Investigations on Bengal jail dietaries - Number 37
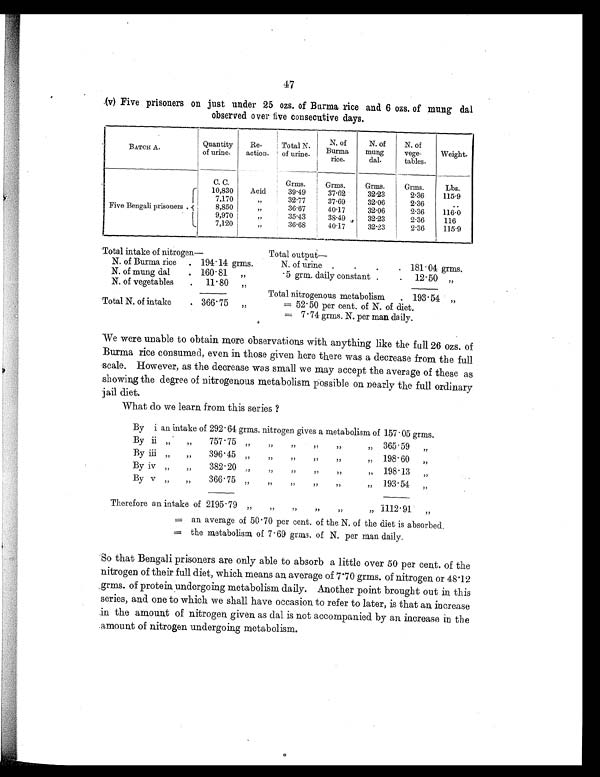
47
(v) Five prisoners on just under 25 ozs. of Burma rice and 6 ozs. of mung dal
observed over five consecutive days.
BATCH A.
Quantity
of urine.
Re-
action.
Total N.
of urine
N. of
Burma
rice.
N. of
mung
dal.
N. of
vege-
tables.
Weight.
C. C.
Grms.
Grms.
Grms.
Grms.
Lbs.
Five Bengali prisoners.
10,830
Acid
39.49
37.62
32.23
2.36
115.9
7,170
„
32.77
37.69
32.06
2.36
..
8,850
„
36.67
40.17
32.06
2.36
116.0
9,970
„
35.43
38.49
32.23
2.36
116
7,120
„
36.68
40.17
32.23
2.36
115.9
Total intake of nitrogen—
Total output—
N. of Burma rice
. 194.14 grms.
N. of urine .
.
.
. 181.04 grms.
N. of mung dal
. 160.81
„
.5 grm. daily constant .
.
12.50 „
N. of vegetables
.
11.80
„
Total nitrogenous metabolism
. 193.54 „
Total N. of intake
. 366.75
„
= 52.50 per cent. of N. of diet.
= 7.74 grms. N. per man daily.
We were unable to obtain more observations with anything like the full 26 ozs. of
Burma rice consumed, even in those given here there was a decrease from the full
scale. However, as the decrease was small we may accept the average of these as
showing the degree of nitrogenous metabolism possible on nearly the full ordinary
jail diet.
What do we learn from this series?
By i an intake of 292.64 grms. nitrogen gives a metabolism of 157.05 grms.
By ii „
„ 757.75
„
„
„
„
„
„ 365.59
„
By iii „
„
396.45 „
„
„
„
„
„ 198.60
„
By iv „
„
382.20 „
„
„
„
„
„ 198.13
”
By v „
„ 366.75
„
„
„
„
„
„ 193.54
„
Therefore an intake of 2195.79 „
„
„
„
„
„ 1112.91
„
= an average of 50.70 per cent. of the N. of the diet is absorbed.
= the metabolism of 7.69 grms. of N. per man daily.
So that Bengali prisoners are only able to absorb a little over 50 per cent. of the
nitrogen of their full diet, which means an average of 7.70 grms. of nitrogen or 48.12
grms. of protein undergoing metabolism daily. Another point brought out in this
series, and one to which we shall have occasion to refer to later, is that an increase
in the amount of nitrogen given as dal is not accompanied by an increase in the
amount of nitrogen undergoing metabolism.